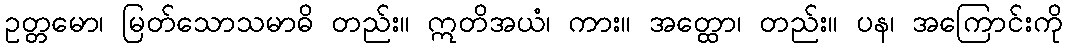
ဥတ္တမော၊ မြတ်သောသမာဓိ တည်း။ ဣတိအယံ၊ ကား။ အတ္ထော၊ တည်း။ ပန၊ အကြောင်းကို